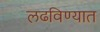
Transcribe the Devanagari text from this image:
लढविण्यात